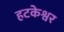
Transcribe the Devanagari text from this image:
हटकेश्वर